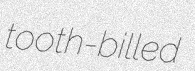
tooth-billed